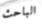
الباحث